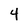
Character: 4